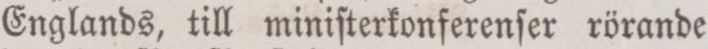
Englands, till miniſterkonferenſer rörande